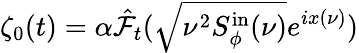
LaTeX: \zeta_{0}(t)=\alpha\hat{\mathcal{F}_{t}}(\sqrt{\nu^{2}S_{\phi}^{\mathrm{in}}(\nu)}e^{ix(\nu)})